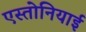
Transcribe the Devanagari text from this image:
एस्तोनियाई